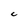
Character: C